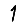
Digit: 1